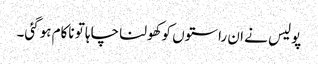
پولیس نے ان راستوں کوکھولنا چاہا تو ناکام ہوگئی۔